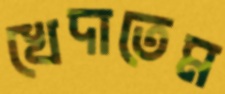
খেদাতেম